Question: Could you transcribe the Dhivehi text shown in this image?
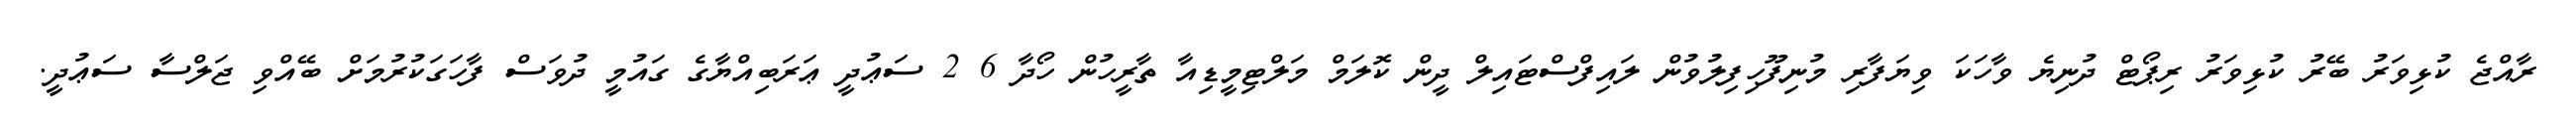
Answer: ރާއްޖެ ކުޅިވަރު ބޭރު ކުޅިވަރު ރިޕޯޓް ދުނިޔެ ވާހަކަ ވިޔަފާރި މުނިފޫހިފިލުވުން ލައިފްސްޓައިލް ދީން ކޮލަމް މަލްޓިމީޑިއާ ތާރީހުން ހޯދާ 6 2 ސަޢުދީ ޢަރަބިއްޔާގެ ގައުމީ ދުވަސް ފާހަގަކުރުމަށް ބޭއްވި ޖަލްސާ ސަޢުދީ.